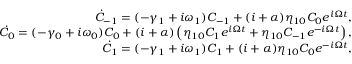
\begin{array} { r l r } & { } & { \dot { C } _ { - 1 } = ( - \gamma _ { 1 } + i \omega _ { 1 } ) C _ { - 1 } + ( i + \alpha ) \eta _ { 1 0 } C _ { 0 } e ^ { i \Omega t } , } \\ & { } & { \dot { C } _ { 0 } = ( - \gamma _ { 0 } + i \omega _ { 0 } ) C _ { 0 } + ( i + \alpha ) \left( \eta _ { 1 0 } C _ { 1 } e ^ { i \Omega t } + \eta _ { 1 0 } C _ { - 1 } e ^ { - i \Omega t } \right) , } \\ & { } & { \dot { C } _ { 1 } = ( - \gamma _ { 1 } + i \omega _ { 1 } ) C _ { 1 } + ( i + \alpha ) \eta _ { 1 0 } C _ { 0 } e ^ { - i \Omega t } , } \end{array}